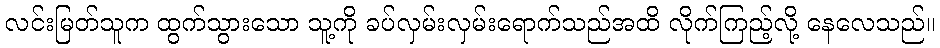
လင်းမြတ်သူက ထွက်သွားသော သူ့ကို ခပ်လှမ်းလှမ်းရောက်သည်အထိ လိုက်ကြည့်လို့ နေလေသည်။